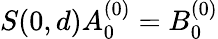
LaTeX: S(0,d)A_{0}^{(0)}=B_{0}^{(0)}